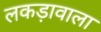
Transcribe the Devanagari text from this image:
लकड़ावाला